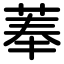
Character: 菶